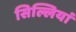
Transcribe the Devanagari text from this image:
सिल्लियां